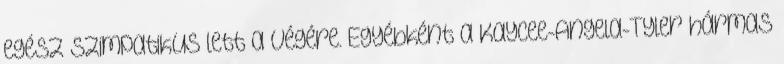
egész szimpatikus lett a végére. Egyébként a Kaycee-Angela-Tyler hármas